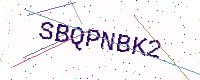
Text: SBQPNBK2